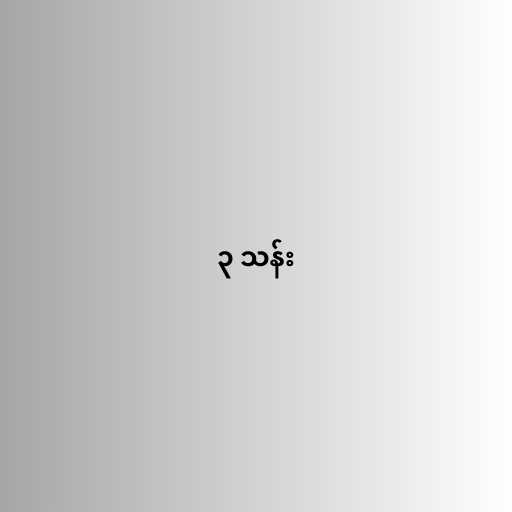
၃ သန်း